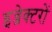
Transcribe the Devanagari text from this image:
इन्जेक्टरों